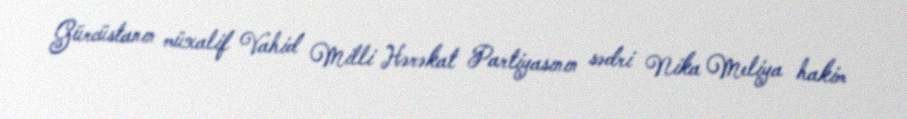
Gürcüstanın müxalif Vahid Milli Hərəkat Partiyasının sədri Nika Meliya hakim